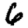
Digit: 6